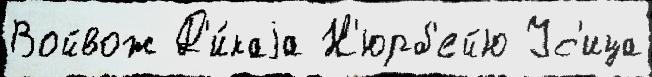
Войвож Д'и́каjа Н'юрб'ейю Ус'ица